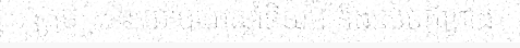
ក្រុមអ្នកនយោបាយស្តាំនិយម និងសេចក្តីព្រាង